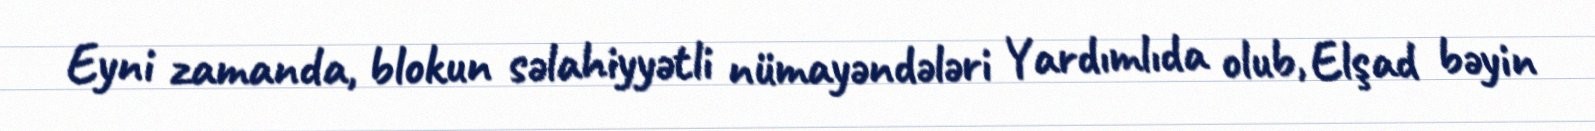
Eyni zamanda, blokun səlahiyyətli nümayəndələri Yardımlıda olub, Elşad bəyin